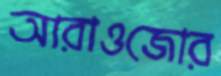
আরাওজোর